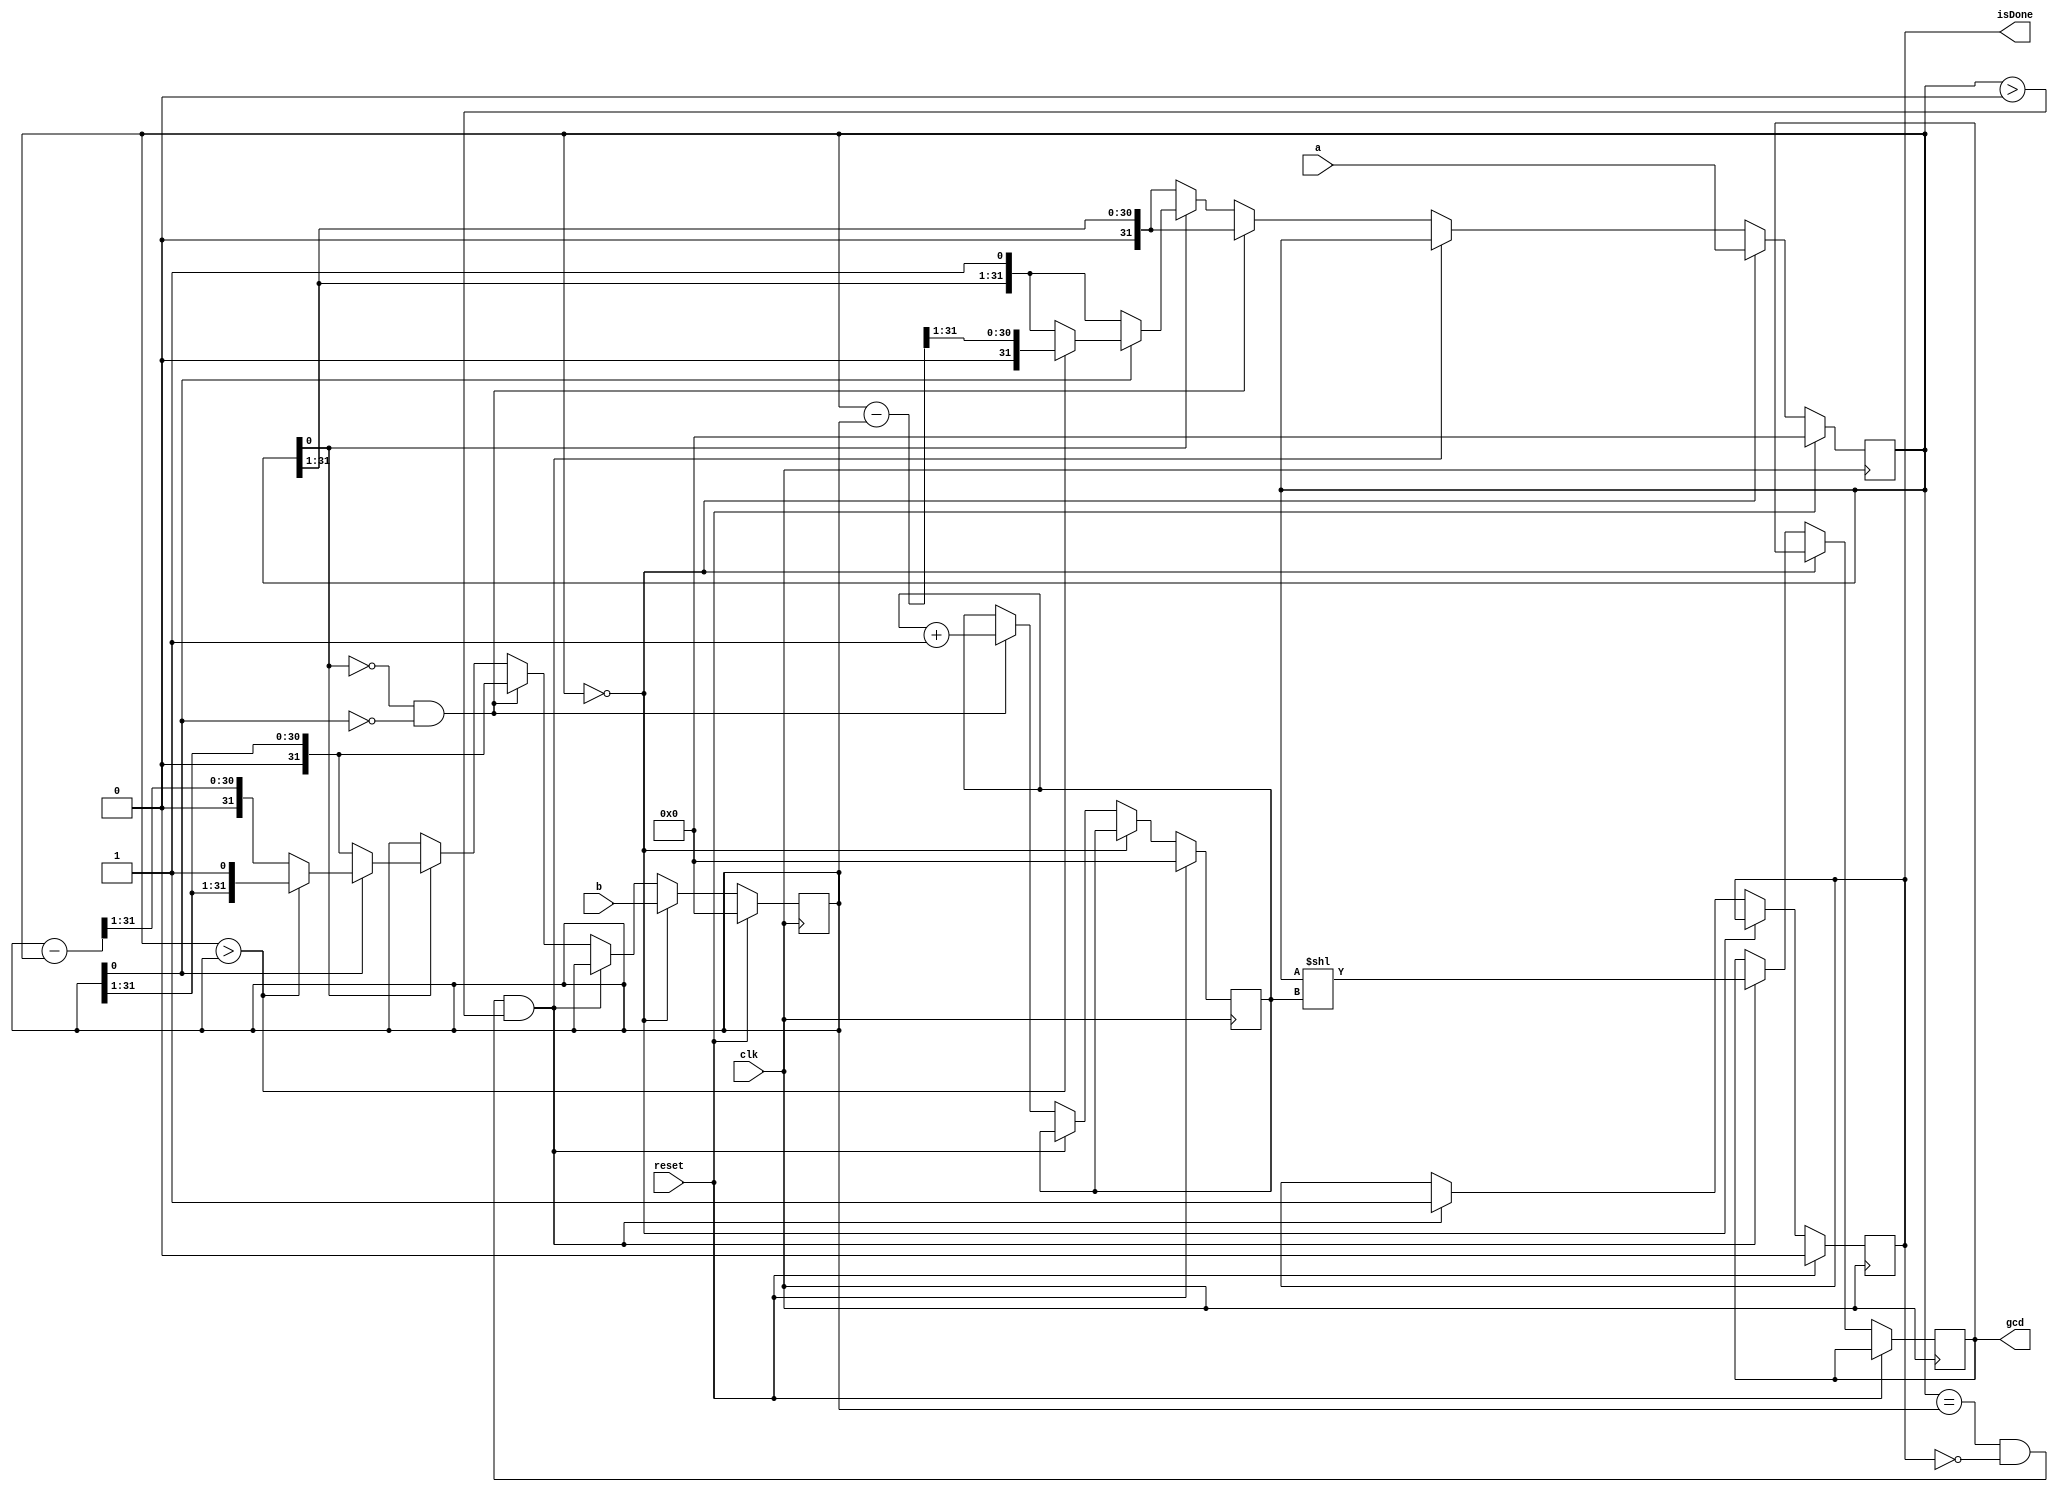
`timescale 1ns / 1ps
//////////////////////////////////////////////////////////////////////////////////
// Company: 
// Engineer: 
// 
// Design Name: 
// Module Name:    GCD 
// Project Name: 
// Target Devices: 
// Tool versions: 
// Description: 
//
// Dependencies: 
//
// Revision: 
// Revision 0.01 - File Created
// Additional Comments: 
//
//////////////////////////////////////////////////////////////////////////////////
module GCD(input [31:0] a, input [31:0] b, input reset, input clk, output reg [31:0] gcd, output reg isDone
    );
	 
	reg [31:0] nextInputA;
	reg [31:0] nextInputB;
	reg [31:0] inputA;
	reg [31:0] inputB;
	reg [31:0] nextExponent;
	reg [31:0] exponent;
	reg [31:0] nextGcd;
	reg nextIsDone;

	initial begin
		nextInputA = 0;
		nextInputB = 0;
		inputA = 0;
		inputB = 0;
		nextExponent = 0;
		exponent = 0;
		nextIsDone = 0;
		isDone = 0;
		nextGcd = 0;
		gcd = 0;
	end
	
	always @(posedge clk) begin
		inputA <= nextInputA;
		inputB <= nextInputB;
		exponent <= nextExponent;
		isDone <= nextIsDone;
		gcd <= nextGcd;
	end
	
	always @(*) begin
		nextInputA = inputA;
		nextInputB = inputB;
		nextIsDone = isDone;
		nextExponent = exponent;
		nextGcd = gcd;
		
		if (reset == 1) begin
			nextInputA = 0;
			nextInputB = 0;
			nextExponent = 0;
			nextIsDone = 0;
		end
		
		else begin
			if (inputA == 0) begin
				nextInputA = a;
				nextInputB = b;
			end
			
			else begin
			
				if ((inputA == inputB) & isDone == 0 & inputA > 0) begin
					nextGcd = inputA << exponent;
					nextIsDone = 1;
				end
				
				else begin
					if ((inputA[0] == 0) & (inputB [0] == 0)) begin
						nextExponent = exponent + 1;
						nextInputA = inputA >> 1;
						nextInputB = inputB >> 1;
					end
					
					else begin
						nextExponent = exponent;
						
						if (inputA[0] == 0) begin
							nextInputA = inputA >> 1;
						end
						
						else begin
							if (inputB[0] ==  0) begin
								nextInputB = inputB >> 1;
							end
							
							else begin
								if (inputA > inputB) begin
									nextInputA = (inputA - inputB) >> 1;
								end
								
								else begin
									nextInputB = (inputB - inputA) >> 1;
								end
								
							end
							
						end
						
					end
		
				end
				
			end
			
		end
		
	end


endmodule